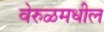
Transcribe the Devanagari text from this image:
वेरुळमधील